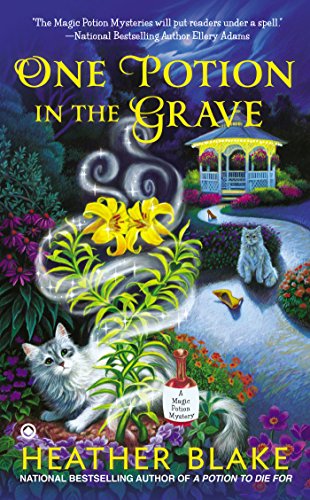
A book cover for One Potion in the Grave: A Magic Potion Mystery; Heather Blake; Mystery, Thriller & Suspense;